Vaccination North-Western Provinces and Oudh 1896-1901 - 1896-1901
Year: 1896
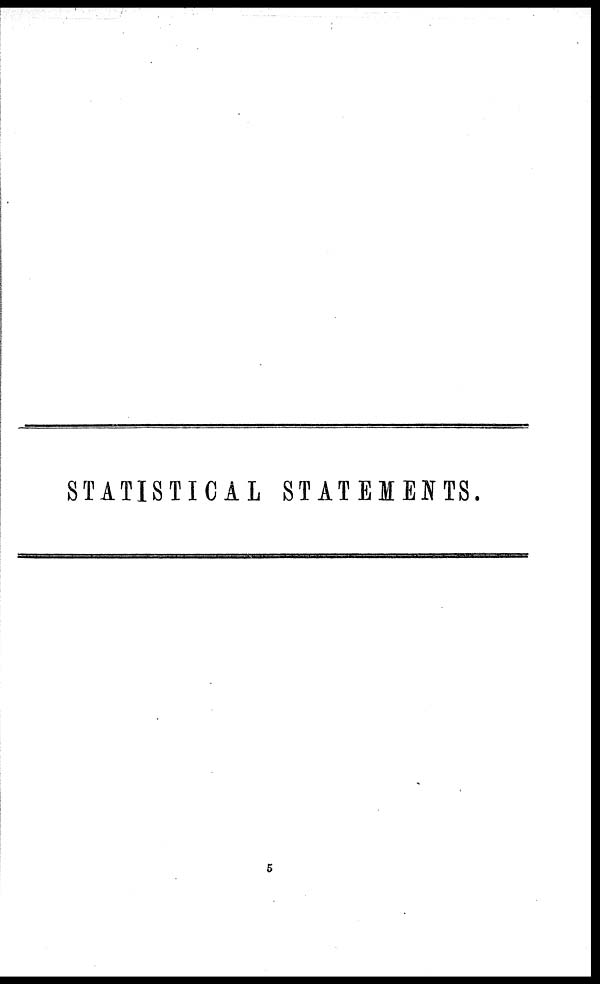
STATISTICAL STATEMENTS.
5